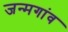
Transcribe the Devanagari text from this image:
जन्मगांव